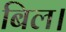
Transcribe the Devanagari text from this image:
बिल।